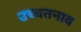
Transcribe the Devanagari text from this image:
उच्चतनाव